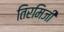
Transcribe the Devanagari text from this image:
तिरमिजी